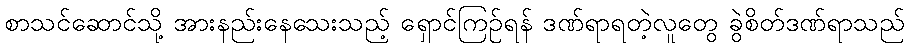
စာသင်ဆောင်သို့ အားနည်းနေသေးသည့် ရှောင်ကြဉ်ရန် ဒဏ်ရာရတဲ့လူတွေ ခွဲစိတ်ဒဏ်ရာသည်